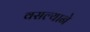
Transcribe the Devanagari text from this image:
वसल्याने